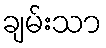
ချမ်းသာ